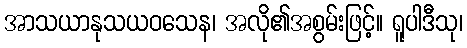
အာသယာနုသယဝသေန၊ အလို၏အစွမ်းဖြင့်။ ရူပါဒီသု၊